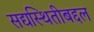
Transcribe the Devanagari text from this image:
सद्यस्थितीबद्दल